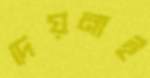
দেয়নাই